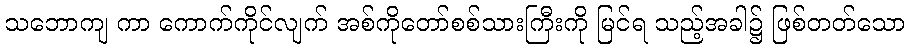
သဘောကျ ကာ ကောက်ကိုင်လျက် အစ်ကိုတော်စစ်သားကြီးကို မြင်ရ သည့်အခါ၌ ဖြစ်တတ်သော